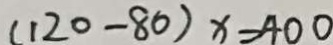
( 1 2 0 - 8 0 ) x = 4 0 0